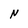
Character: N